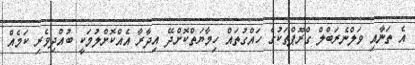
އެ ތަނާއި ވަލްނެރަބްލް ގްރޫޕްތަކުގެ ހައްގުތައް ހިމާޔަތްކޮށްދޭ އިދާރާ އެއްކޮށްލުމަކީ ބުއްދިވެރި ކަމެއް